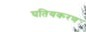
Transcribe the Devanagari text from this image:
घतियकरण